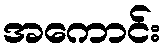
အကောင်း